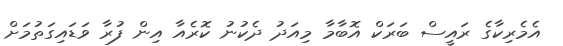
އެމެރިކާގެ ރައީސް ބަރަކް އޮބާމާ މިއަދު ދެކުނު ކޮރެއާ އިން ފުރާ ވަޑައިގަތުމަށް